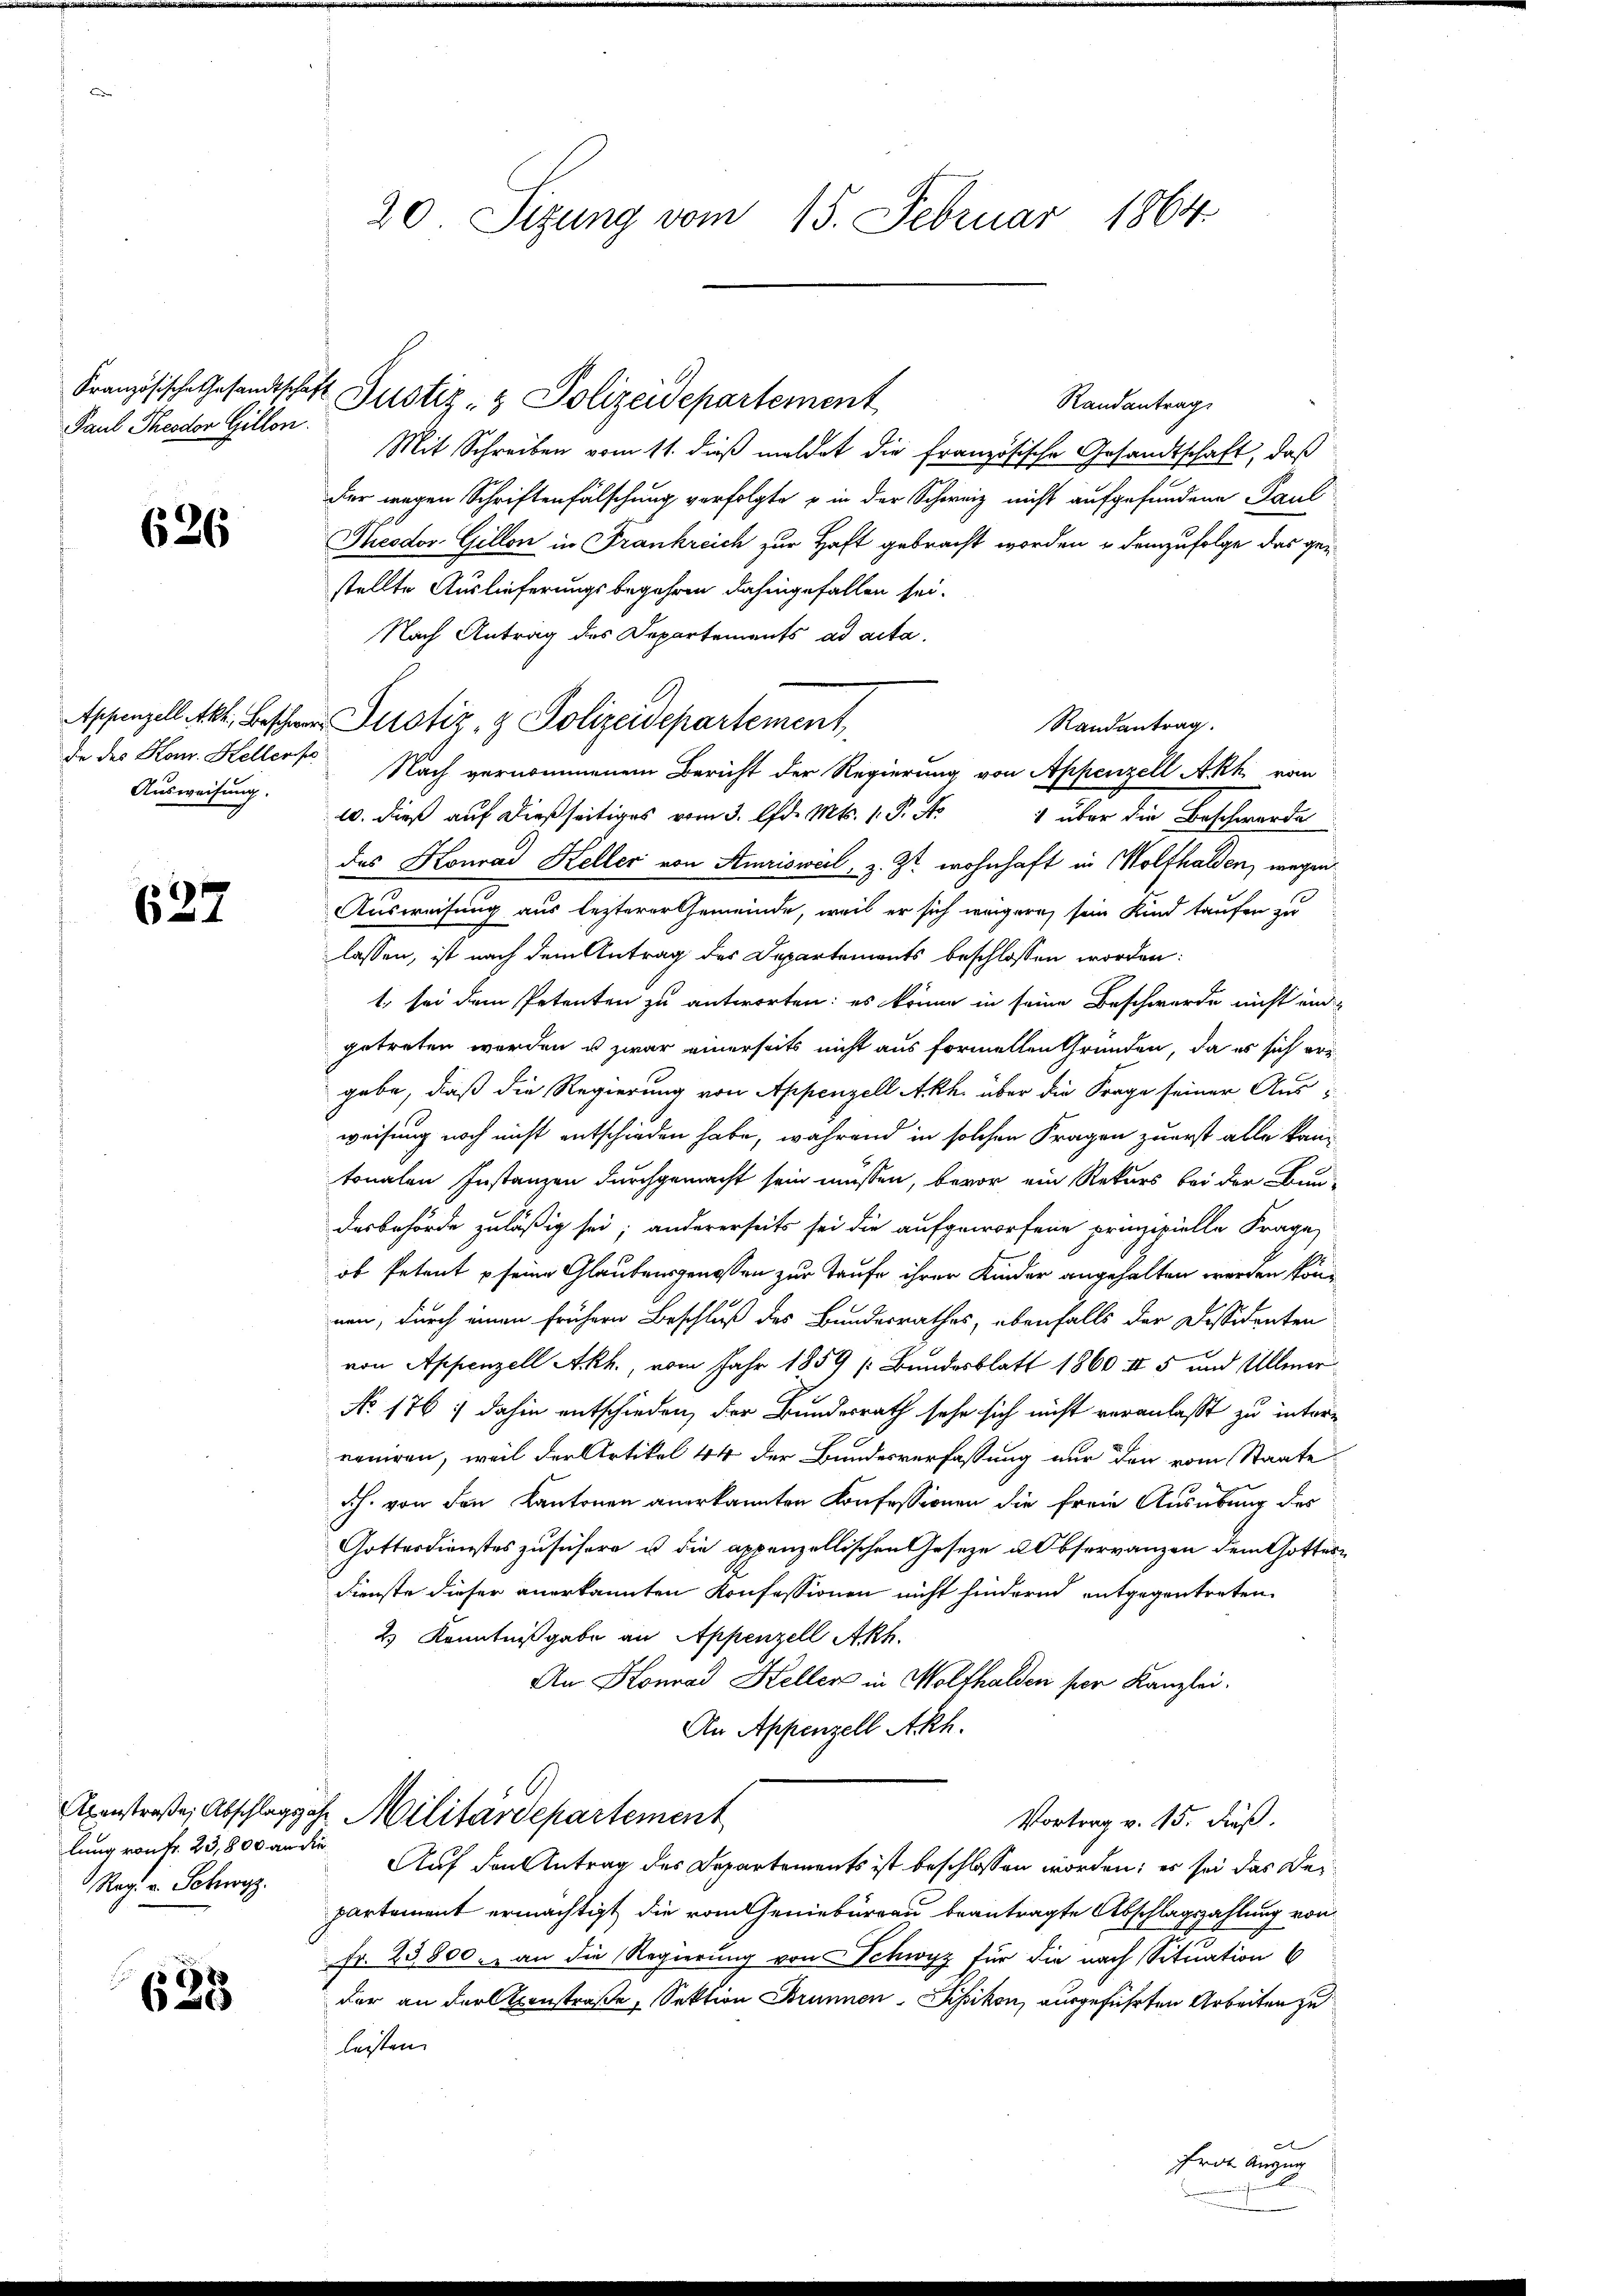
Französische Gesandtschaft
Paul Theodor Gillon.

626

Ausweisung.

627

lung von Fr. 23,800 an die
Reg. v. Schwyz.

623

20 Sizung vom 15. Februar 1864.

Justiz- & Polizeidepartement

Randantrag
Mit Schreiben vom 11. dieß meldet die französische Gesandtschaft, daß
Der wegen Schriftenfälschung verfolgte in der Schweiz nicht aufgefundene Paul
Theodor Gillon in Frankreich zur Haft gebracht worden u. demzufolge das gei
stellte Auslieferungsbegehren dahingefallen sei.
Nach Antrag des Departements ad acta.
Randantrag
de des Hon. Heller Nach vernommenem Bericht der Regierung von Appenzell Akh. vom
10. dieß auf dießseitiges vom 3. d. Mts. 1. P. No 1 über die Beschwerde
das Konrad Keller von Amrisweil, z. Zt. wohnhaft in Wolfhalden, wegen
Ausweisung aus lezterer Gemeinde, weil er sich würgern, sein Kind taufen zu
lassen, ist nach dem Antrag des Departements beschlossen worden:
1. sei dem Petenten zu antworten: es könne in seine Beschwerde nicht ein
getreten worden u zwar einerseits nicht aus formellen Gründen, da es sich er-
gebe, daß die Regierung von Appenzell Akh über die Frage seiner Ausweisung noch nicht entschieden habe, während in solchen Fragen zuerst alle kantonalen Instanzen durchgemacht sein müssen, bevor ein Rekurs bei der Bun-
desbehörde zuläßig sei; andererseits sei die aufgeworfene prinzipielle Frage
ob Petent seine Glaubensgenossen zur Taufe ihrer Kinder angehalten werden können, durch einen frühern Beschluß des Bundesrathes, ebenfalls der Dessidenten
von Appenzell Akh., vom Jahr 1859 [Bundesblatt 1860 IV 5 und Ullmer
No 176 ; dahin entschieden, der Bundesrath sehe sich nicht veranlasst zu intere
roniren, weil der Artikel 44 der Bundesverfassung nur den vom Staate
Ich. von den Kantonen anerkannten Konfessionen die freie Ausübung des
Gotterdienstes zu sühere u die appenzellischen Geseze u. Observanzen dem Gottes¬
Dienste dieser anerkannten Konfessionen nicht hindernd entgegentreten.
2) Kenntnißgabe an Appenzell Akh.
An Konrad Keller in Wolfhalden per Kanzlei.
An Appenzell Akh.
Exenstraße, Abschlags ihr Militärdepartement
Vortrag v. 15. Fuß.
Auf den Antrag des Departements ist beschlossen worden; es sei das Beipartement ermächtigt, die vom Geniebüreau beantragte Abschlagszahlung von
Fr. 23,800. an die Regierung von Schwyz für die nach Situation 6
der an der Constraße, Sektion Brunnen-Sisikon, ausgeführten Arbeiten zu
leisten.
e
Fro Anzug

Appenzell Akt. Beschwer Justiz- & Polizeidepartement,